Plague in India, 1896, 1897 - Volume 3
Year: 1896
Disease focus: Plague
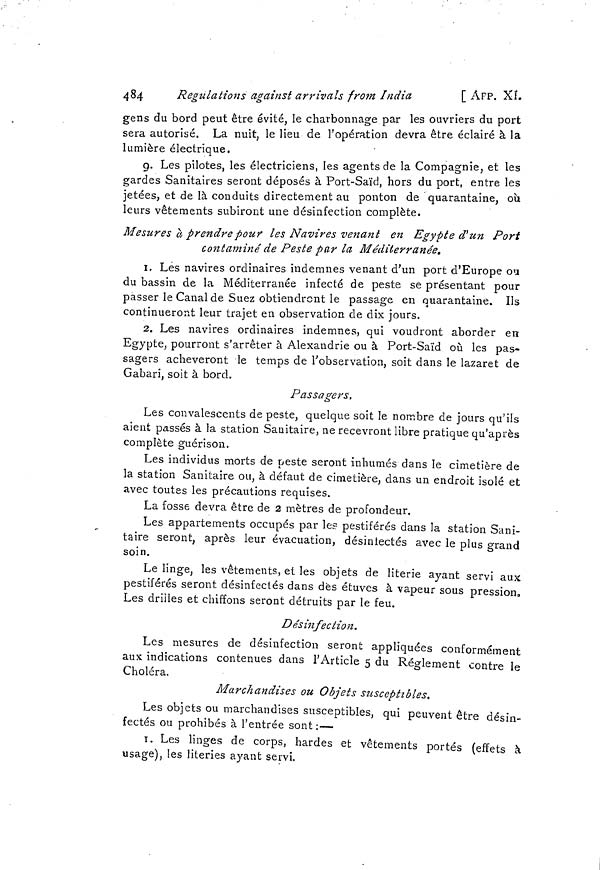
484
Regulations against arrivals from India
[ APP. XI.
gens du bord peut être évité, le charbonnage par les ouvriers du port
sera autorisé. La nuit, le lieu de l'opération devra être éclairé à la
lumière électrique.
9. Les pilotes, les électriciens, les agents de la Compagnie, et les
gardes Sanitaires seront déposés à Port-Saïd, hors du port, entre les
jetées, et de là conduits directement au ponton de quarantaine, où
leurs vêtements subiront une désinfection complète.
Mesures a prendre pour les Navires venant en Egypte d'un Port
contaminé de Peste par la Méditerranée.
1, Les navires ordinaires indemnes venant d'un port d'Europe ou
du bassin de la Méditerranée infecté de peste se présentant pour
passer le Canal de Suez obtiendront le passage en quarantaine. Ils
continueront leur trajet en observation de dix jours.
2. Les navires ordinaires indemnes, qui voudront aborder en
Egypte, pourront s'arrêter à Alexandrie ou à Port-Saïd où les pas-
sagers achèveront le temps de l'observation, soit dans le lazaret de
Gabari, soit à bord,
Passagers,
Les convalescents de peste, quelque soit le nombre de jours qu'ils
aient passés à la station Sanitaire, ne recevront libre pratique qu'après
complète guérison.
Les individus morts de peste seront inhumés dans le cimetière de
la station Sanitaire ou, à défaut de cimetière, clans un endroit isolé et
avec toutes les précautions requises.
La fosse devra être de 2 mètres de profondeur.
Les appartements occupés par les pestiférés dans la station Sani-
taire seront, après leur évacuation, désiniectés avec le plus grand
soin.
Le linge, les vêtements, et les objets de literie ayant servi aux
pestiférés seront désinfectés dans dès éfcuves à vapeur sous pression,
Les drilles et chiffons seront détruits par le feu.
Désinfection.
Les mesures de désinfection seront appliquées conformément
aux indications contenues dans l'Article 5 du Règlement contre le
Choléra.
Marchandises ou Objets susceptibles.
Les objets ou marchandises susceptibles, qui peuvent être désin-
fectés ou prohibés à l'entrée sont: —
1. Les linges de corps, hardes et vêtements portés (effets à
usage), les literies ayant servi.